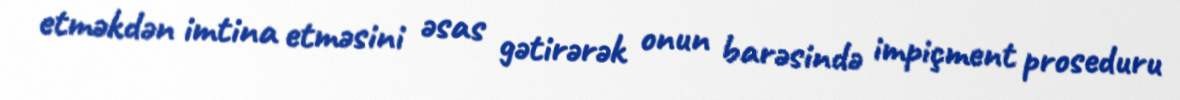
etməkdən imtina etməsini əsas gətirərək onun barəsində impiçment proseduru